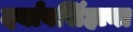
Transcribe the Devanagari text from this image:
दर्यावसिंहाना